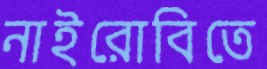
নাইরোবিতে